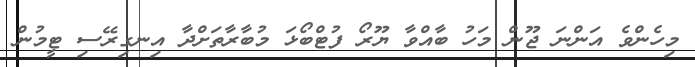
މިހެންވެ އަންނަ ޖޫން މަހު ބާއްވާ ޔޫރޯ ފުޓްބޯޅަ މުބާރާތަށްދާ އިނގިރޭސި ޓީމުން